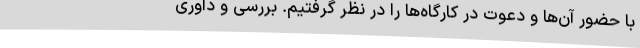
با حضور آن­ها و دعوت در کارگاه­ها را در نظر گرفتیم. بررسی و داوری